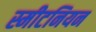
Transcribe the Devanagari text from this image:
स्मीटनियन